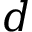
d